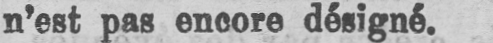
n’est pas encore désigné.